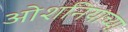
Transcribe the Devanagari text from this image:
ओशनियाच्या